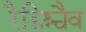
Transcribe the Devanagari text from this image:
रैडिश्चैव